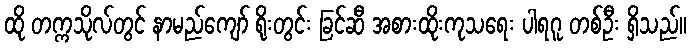
ထို တက္ကသိုလ်တွင် နာမည်ကျော် ရိုးတွင်း ခြင်ဆီ အစားထိုးကုသရေး ပါရဂူ တစ်ဦး ရှိသည်။